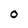
Character: 0